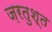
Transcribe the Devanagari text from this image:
ज़रतुश्त